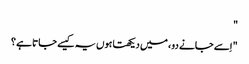
"
" اِسے جانے دو ، میں دیکھتا ہوں یہ کیسے جاتا ہے ؟